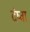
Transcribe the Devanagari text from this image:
दंष्ट्रा